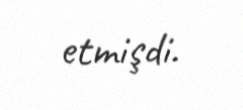
etmişdi.